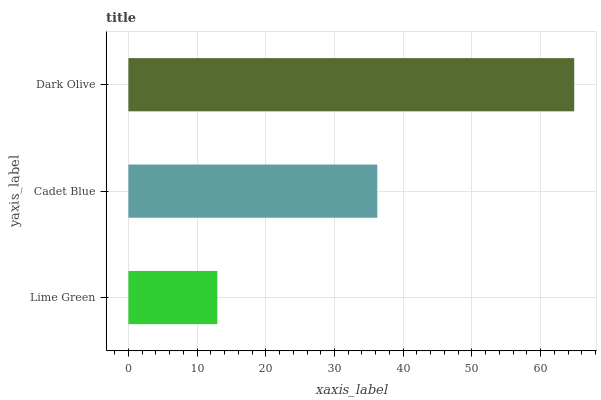
| yaxis_label | bars |
 | --- | --- |
 | Lime Green | 12.9 |
 | Cadet Blue | 36.2 |
 | Dark Olive | 64.9 |